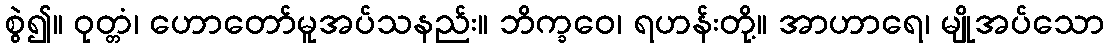
စွဲ၍။ ဝုတ္တံ၊ ဟောတော်မူအပ်သနည်း။ ဘိက္ခဝေ၊ ရဟန်းတို့။ အာဟာရေ၊ မျိုအပ်သော